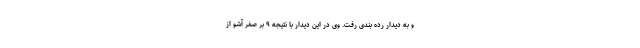
و به دیدار رده بندی رفت. وی در این دیدار با نتیجه ۹ بر صفر آشو از